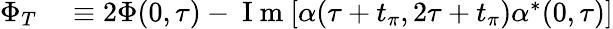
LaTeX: \begin{array}{rl}{\Phi_{T}}&{{}\equiv 2\Phi(0,\tau)-\mathrm{~I~m~}[\alpha(\tau+t_{\pi},2\tau+t_{\pi})\alpha^{\ast}(0,\tau)]}\end{array}